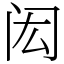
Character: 闳